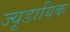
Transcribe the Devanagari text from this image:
ज्यूडायिक